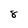
Character: 8